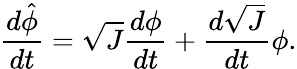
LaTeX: \frac{d\hat{\phi}}{dt}=\sqrt{J}\frac{d\phi}{dt}+\frac{d\sqrt{J}}{dt}\phi.